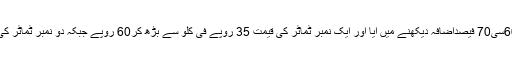
ادھر ٹماٹر کی قیمت میں بھی صرف ایک روز کے اندراچانک 60سی70 فیصداضافہ دیکھنے میں آیا اور ایک نمبر ٹماٹر کی قیمت 35 روپے فی کلو سے بڑھ کر60 روپے جبکہ دو نمبر ٹماٹر کی قیمت 25 روپے فی کلو سے بڑھ کر 40 روپے فی کلو ہوگئی ۔